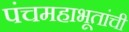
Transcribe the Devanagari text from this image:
पंचमहाभूतांची